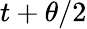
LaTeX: t+\theta/2